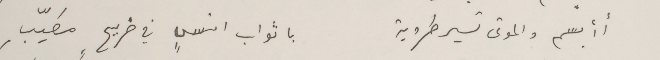
أأبسم والموتى تسير طروبة                 باثواب انسٍ في ضريحٍ مطيّبِ